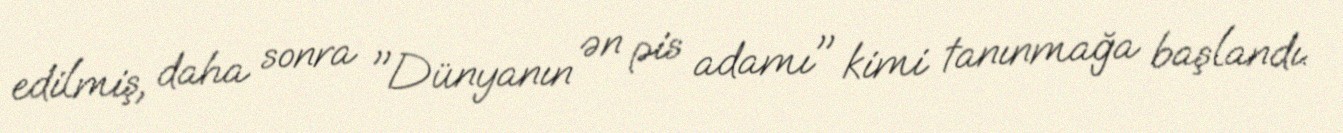
edilmiş, daha sonra "Dünyanın ən pis adamı" kimi tanınmağa başlandı.